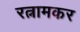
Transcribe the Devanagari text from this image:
रत्नामकर